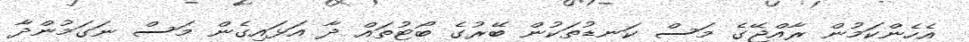
އެހެންކަމުން ރާއްޖޭގެ މަސް ކަނޑުތަކުން ބޭރުގެ ބޯޓުތައް ދާ އަޅައިގެން މަސް ނަގަމުންދާ